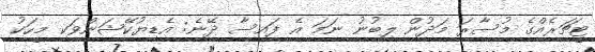
ޓީޗަރެއްގެ މުސާރަ މަދުން ލިބުނު ނަމަ އެ ފައިސާ ދޭނެ: އެޑިޔުކޭޝަންވަކި މީހަކު